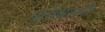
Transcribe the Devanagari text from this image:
मुक्तेश्वरांनी